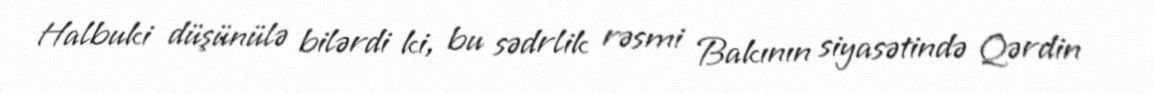
Halbuki düşünülə bilərdi ki, bu sədrlik rəsmi Bakının siyasətində Qərdin